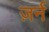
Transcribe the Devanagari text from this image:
ज़र्न